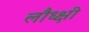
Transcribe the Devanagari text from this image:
लौध्क्षी